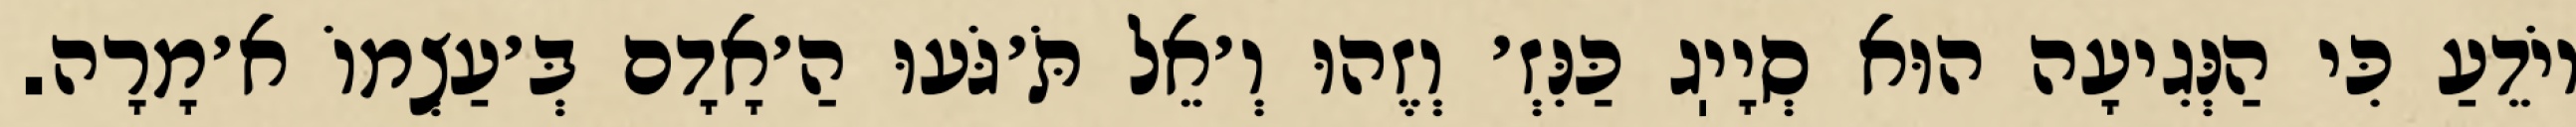
יוֹדֵעַ כִּי הַנְּגִיעָה הוּא סְיָיֽג כַּנִּזְ׳ וְזֶהוּ וְ׳אֵל תֹּ׳גֹּעוּ הַ׳אָדָם בְּ׳עַצְמוֹ א׳מָרָה.